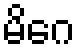
မိဂေ